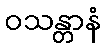
ဝသန္တာနံ